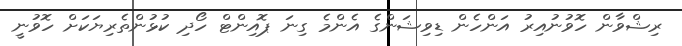
ރިޝްވާން ހޮވުނުއިރު އަންހެން ޑިވިޝަންގެ އެންމެ ގިނަ ޕޮއިންޓް ހޯދި ކުޅުންތެރިޔަކަށް ހޮވުނީ